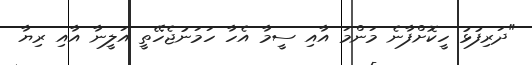
"ދަރިފުޅު ހީކޮށްފާނެ މަންމަ އާއި ސީމާ އެހާ ހަމަނުޖެހޭތީ އަލީނާ އާއި ރިޔާ